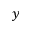
y